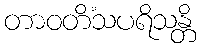
တာဝတိံသပရိသန္တိ